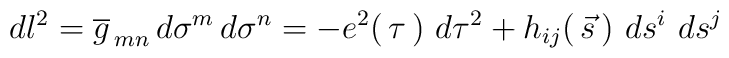
dl^2= \overline g_{\, mn} \, d\sigma^m\,  d\sigma^n=	 -e^2(\, \tau\, )\,\, d\tau^2 +h_{ij}(\, \vec s\, )\, \,	 ds^i\, \, ds^j